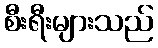
စီးရီးများသည်